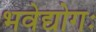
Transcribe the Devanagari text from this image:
भवेद्योगः